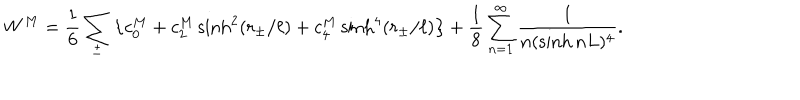
LaTeX: W ^ { M } = \frac 1 6 \sum _ { \pm } \left\{ c _ { 0 } ^ { M } + c _ { 2 } ^ { M } \sinh ^ { 2 } ( r _ { \pm } / \ell ) + c _ { 4 } ^ { M } \sinh ^ { 4 } ( r _ { \pm } / \ell ) \right\} + \frac { 1 } { 8 } \sum _ { n = 1 } ^ { \infty } \frac { 1 } { n ( \sinh n L ) ^ { 4 } } .